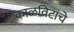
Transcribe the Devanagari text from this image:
काळविटांचे